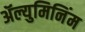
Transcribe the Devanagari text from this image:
ॲल्युमिनिंम